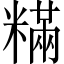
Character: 䊟